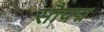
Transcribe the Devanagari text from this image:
सौपद्म